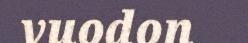
vuodon